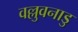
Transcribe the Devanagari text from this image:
वल्लुवनाडु